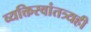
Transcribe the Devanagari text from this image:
व्यक्तिस्वांतत्र्यही